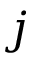
j